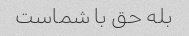
بله حق با شماست